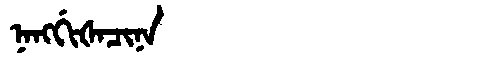
Manchu: ᠨᠠᠩᡤᡳᡧᠠᠴᡳᠨᠠ
Romanization: NANGGIŠACINA